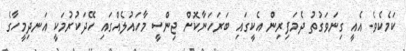
ކަމެކެވެ. އެއީ ގިނަވަގުތު ދެމަފިރިން އެކީގައި ބަރަހަނާކޮށް ޖިންސީ މާހައުލެއްގައި ހޭދަކުރުމަކީ އަނދިމީހާގެ